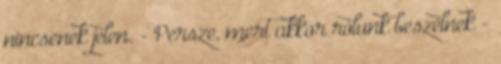
nincsenek jelen. - Persze, mert akkor rólunk beszélnek -